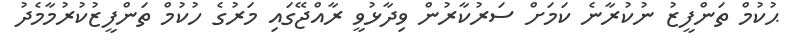
ޙުކުމް ތަންފީޒު ނުކުރާނެ ކަމަށް ސަރުކާރުން ވިދާޅުވީ ރާއްޖޭގައި މަރުގެ ހުކުމް ތަންފީޒުކުރުމާމެދު